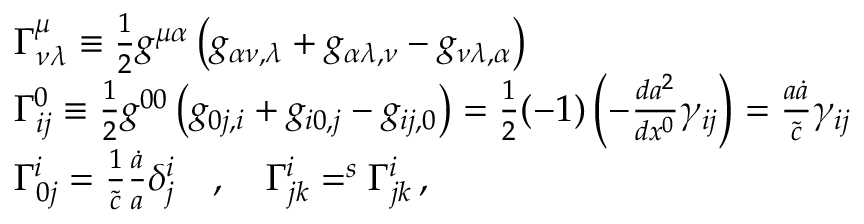
\begin{array} { r l } & { \Gamma _ { \nu \lambda } ^ { \mu } \equiv \frac { 1 } { 2 } g ^ { \mu \alpha } \left( g _ { \alpha \nu , \lambda } + g _ { \alpha \lambda , \nu } - g _ { \nu \lambda , \alpha } \right) \, } \\ & { \Gamma _ { i j } ^ { 0 } \equiv \frac { 1 } { 2 } g ^ { 0 0 } \left( g _ { 0 j , i } + g _ { i 0 , j } - g _ { i j , 0 } \right) = \frac { 1 } { 2 } ( - 1 ) \left( - \frac { d a ^ { 2 } } { d x ^ { 0 } } \gamma _ { i j } \right) = \frac { a \dot { a } } { \tilde { c } } \gamma _ { i j } } \\ & { \Gamma _ { 0 j } ^ { i } = \frac { 1 } { \tilde { c } } \frac { \dot { a } } { a } \delta _ { j } ^ { i } \quad , \quad \Gamma _ { j k } ^ { i } = ^ { s } \Gamma _ { j k } ^ { i } \, , } \end{array}